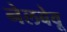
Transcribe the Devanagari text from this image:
नेलबेवू